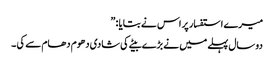
میرے استفسار پر اس نے بتایا : ”
دو سال پہلے میں نے بڑے بیٹے کی شادی دھوم دھام سے کی ۔